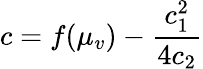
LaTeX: c=f(\mu_{v})-\frac{c_{1}^{2}}{4c_{2}}